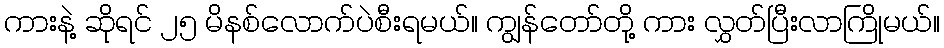
ကားနဲ့ ဆိုရင် ၂၅ မိနစ်လောက်ပဲစီးရမယ်။ ကျွန်တော်တို့ ကား လွှတ်ပြီးလာကြိုမယ်။